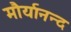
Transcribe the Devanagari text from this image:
मौर्यानन्द